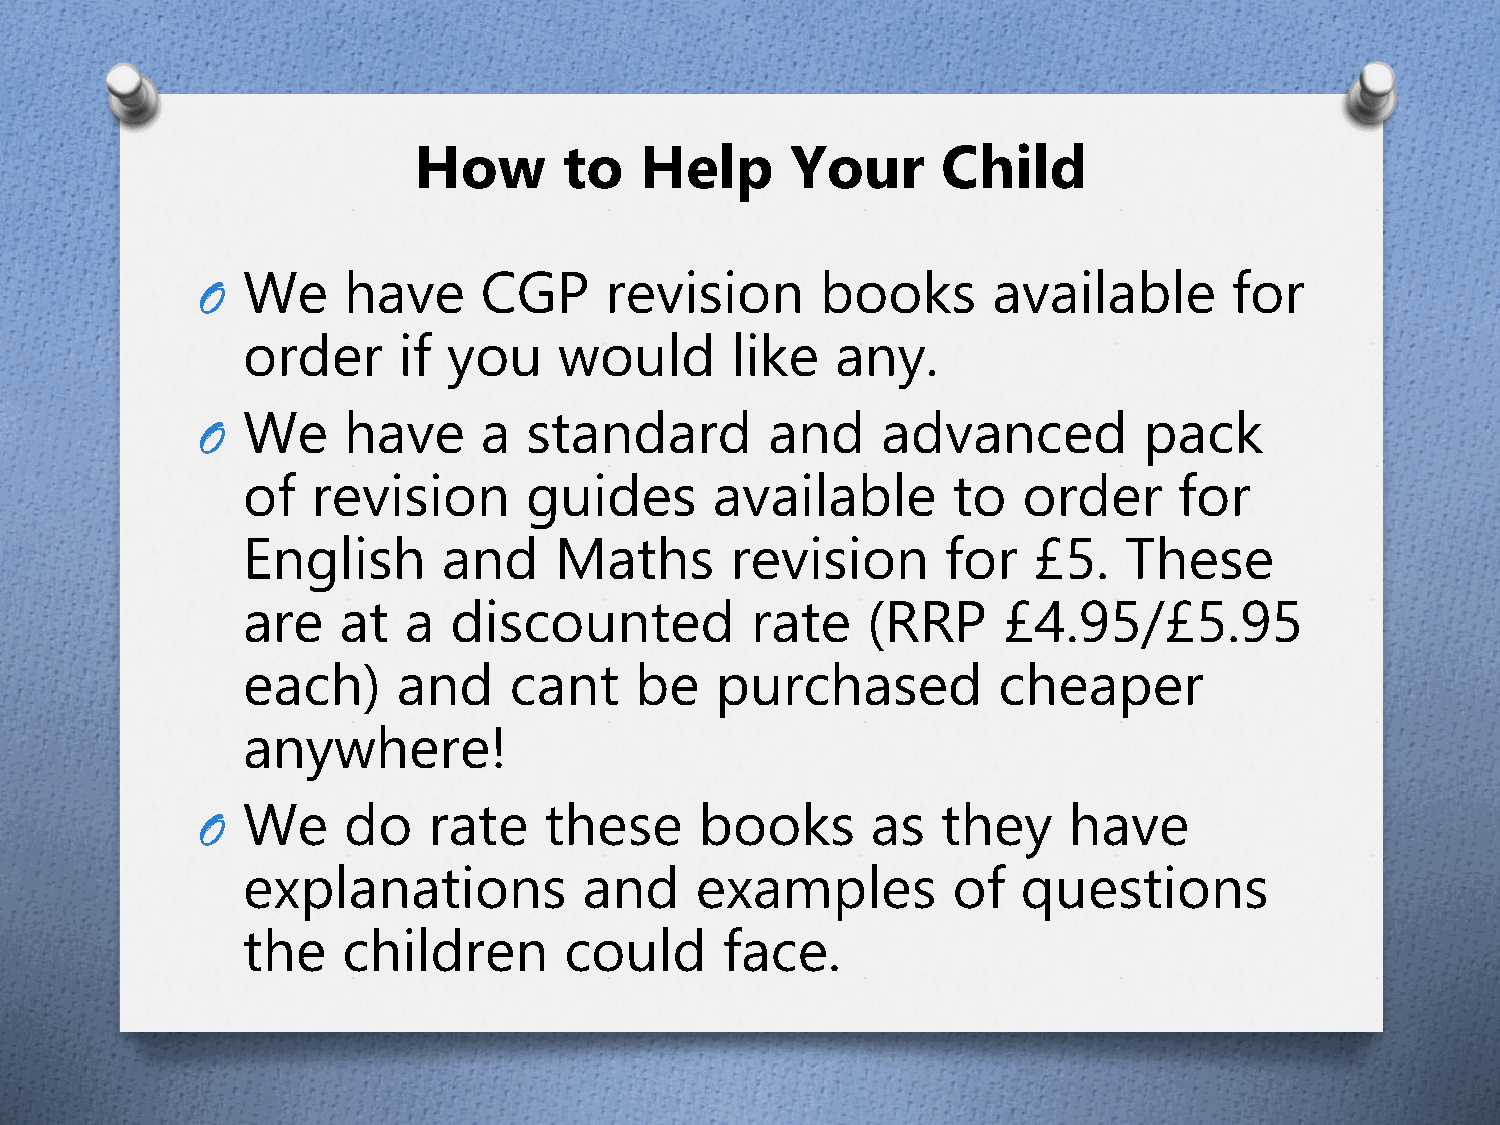
How       to   Help      Your      Child
 We     have     CGP     revision      books       available       for
 O
 order     if  you    would      like   any.
 We     have     a  standard        and    advanced          pack
 O
 of   revision      guides      available       to   order     for
 English      and     Maths      revision       for  £5.   These
 are   at   a  discounted          rate   (RRP     £4.95/£5.95
 each)     and     cant    be   purchased          cheaper
 anywhere!
 We     do   rate    these     books       as  they     have
 O
 explanations           and    examples         of   questions
 the    children      could      face.